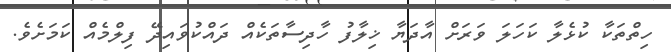
ހިތްތަކާ ކުޅެލާ ކަހަލަ ވަރަށް އާދަޔާ ޚިލާފު ހާދިސާތަކެއް ދައްކުވައިދޭ ފިލްމެއް ކަމަށެވެ.